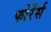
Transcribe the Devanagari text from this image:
फोरेंर्स